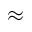
\approx